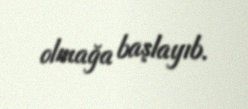
olmağa başlayıb.